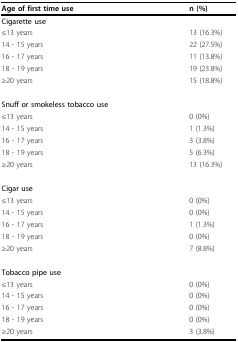
| Age of first time use | n (%) |
 | --- | --- |
 | Cigarette use |  |
 | ≤13 years | 13 (16.3%) |
 | 14 - 15 years | 22 (27.5%) |
 | 16 - 17 years | 11 (13.8%) |
 | 18 - 19 years | 19 (23.8%) |
 | ≥20 years | 15 (18.8%) |
 | Snuff or smokeless tobacco use |  |
 | ≤13 years | 0 (0%) |
 | 14 - 15 years | 1 (1.3%) |
 | 16 - 17 years | 3 (3.8%) |
 | 18 - 19 years | 5 (6.3%) |
 | ≥20 years | 13 (16.3%) |
 | Cigar use |  |
 | ≤13 years | 0 (0%) |
 | 14 - 15 years | 0 (0%) |
 | 16 - 17 years | 1 (1.3%) |
 | 18 - 19 years | 0 (0%) |
 | ≥20 years | 7 (8.8%) |
 | Tobacco pipe use |  |
 | ≤13 years | 0 (0%) |
 | 14 - 15 years | 0 (0%) |
 | 16 - 17 years | 0 (0%) |
 | 18 - 19 years | 0 (0%) |
 | ≥20 years | 3 (3.8%) |